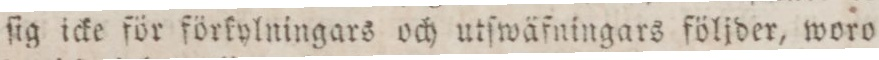
ſig icke för förkylningars och utſwäfningars följder, woro